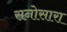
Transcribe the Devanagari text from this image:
सनोसारा